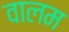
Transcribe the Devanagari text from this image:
वालम